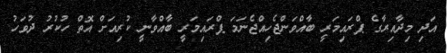
އަދި މިދާއިރާގެ ޕްރައިމަރީ ބާއްވަންޖެހިއްޖެނަމަ ޕްރައިމަރީ ބާއްވާނީ ކުރިއަށް އޮތް ހުކުރު ދުވަހު